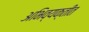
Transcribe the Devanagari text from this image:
अभिव्यक्तीत